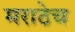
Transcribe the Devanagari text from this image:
मराठेच